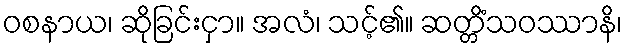
ဝစနာယ၊ ဆိုခြင်းငှာ။ အလံ၊ သင့်၏။ ဆတ္တိံသဝဿာနိ၊